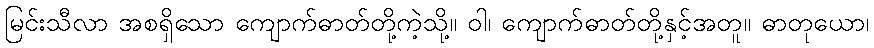
မြင်းသီလာ အစရှိသော ကျောက်ဓာတ်တို့ကဲ့သို့။ ဝါ၊ ကျောက်ဓာတ်တို့နှင့်အတူ။ ဓာတုယော၊